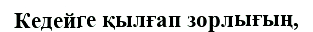
Кедейге қылғап зорлығың,